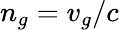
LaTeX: n_{g}=v_{g}/c